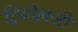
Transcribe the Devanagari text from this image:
ट्रियोल़जी